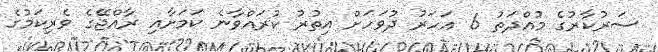
ސަރުކާރުގެ މުއްދަތު 6 އަހަރު ދުވަހަށް އިތުރު ކުރައްވާނެ ކަމަށާއި ރާއްޖޭގެ ވެރިކަމުގެ